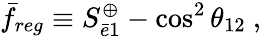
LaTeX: \bar{f}_{reg}\equiv S_{\bar{e}1}^{\oplus}-\cos^{2}\theta_{12}~,